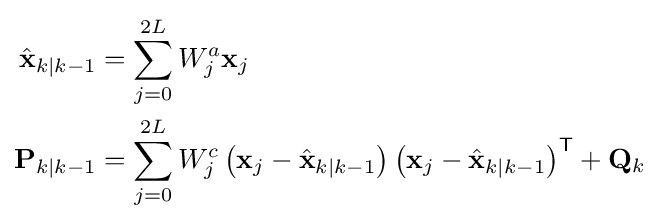
{\begin{aligned}{\hat {\mathbf {x} }}_{k\mid k-1}&=\sum _{j=0}^{2L}W_{j}^{a}\mathbf {x} _{j}\\\mathbf {P} _{k\mid k-1}&=\sum _{j=0}^{2L}W_{j}^{c}\left(\mathbf {x} _{j}-{\hat {\mathbf {x} }}_{k\mid k-1}\right)\left(\mathbf {x} _{j}-{\hat {\mathbf {x} }}_{k\mid k-1}\right)^{\textsf {T}}+\mathbf {Q} _{k}\end{aligned}}